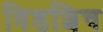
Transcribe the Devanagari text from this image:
विडशिच